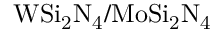
\mathrm { W S i _ { 2 } N _ { 4 } / M o S i _ { 2 } N _ { 4 } }